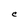
Character: C